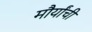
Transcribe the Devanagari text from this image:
मौर्यांची